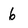
Character: 6